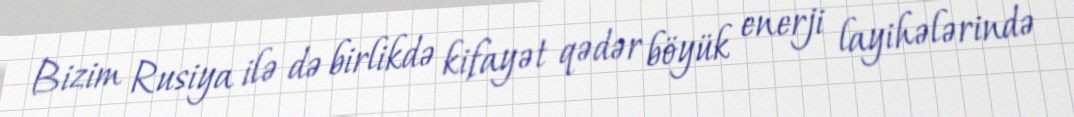
Bizim Rusiya ilə də birlikdə kifayət qədər böyük enerji layihələrində